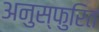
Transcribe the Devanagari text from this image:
अनुस्फुरित